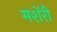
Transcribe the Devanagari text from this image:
मशेंरी